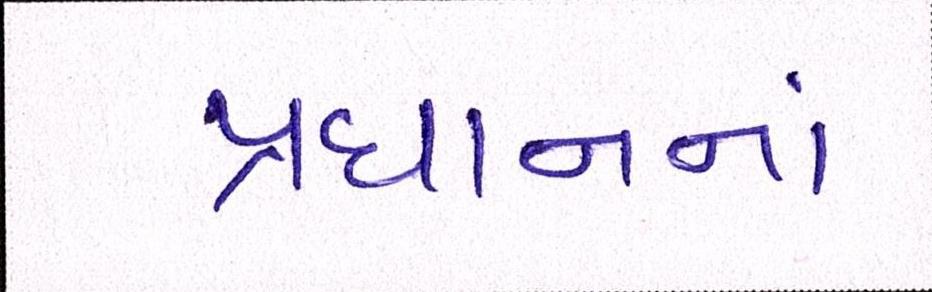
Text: પ્રધાનનાં